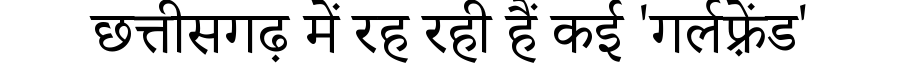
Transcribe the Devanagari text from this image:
छत्तीसगढ़ में रह रही हैं कई 'गर्लफ़्रेंड'